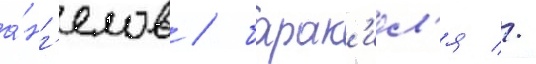
а́нг'елов / барак'иел'я //